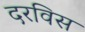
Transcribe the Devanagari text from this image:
दरविस